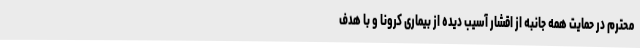
محترم در حمایت همه جانبه از اقشار آسیب دیده از بیماری کرونا و با هدف